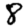
Digit: 8